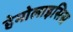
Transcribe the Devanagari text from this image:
हेमोलाइसिस